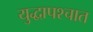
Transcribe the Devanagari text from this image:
युद्धापश्चात